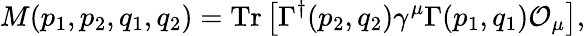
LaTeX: M(p_{1},p_{2},q_{1},q_{2})=\mathrm{Tr}\left[\Gamma^{\dagger}(p_{2},q_{2})\gamma^{\mu}\Gamma(p_{1},q_{1})\cal{O}_{\mu}\right],